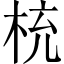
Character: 𣑁